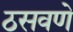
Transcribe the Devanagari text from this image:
ठसवणे